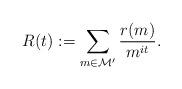
LaTeX: \begin{align*}R(t) := \sum_{m \in \mathcal{M}'} \frac{r(m)}{m^{it}}.\end{align*}